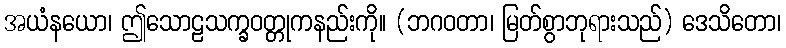
အယံနယော၊ ဤသောဠသက္ခဝတ္တုကနည်းကို။ (ဘဂဝတာ၊ မြတ်စွာဘုရားသည်) ဒေသိတော၊